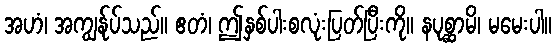
အဟံ၊ အကျွန်ုပ်သည်။ ဧတံ၊ ဤနှစ်ပါးစလုံးပြတ်ပြီးကို။ နပုစ္ဆာမိ၊ မမေးပါ။